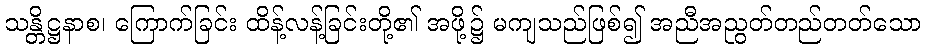
သန္တိဋ္ဌနာစ၊ ကြောက်ခြင်း ထိန့်လန့်ခြင်းတို့၏ အဖို့၌ မကျသည်ဖြစ်၍ အညီအညွတ်တည်တတ်သော